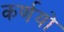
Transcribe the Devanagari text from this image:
कर्णयो